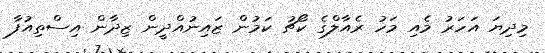
މިދިޔަ އަހަރު މެއި މަހު ރެއާލްގެ ކޯޗު ކަމުން ޒައިނުއްދީން ޒިދާން އިސްތިއުފާ